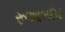
રૂઆબદાર